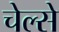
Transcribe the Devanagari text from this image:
चेल्से